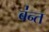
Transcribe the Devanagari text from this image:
ब॑न्त